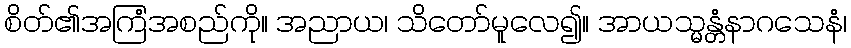
စိတ်၏အကြံအစည်ကို။ အညာယ၊ သိတော်မူလေ၍။ အာယသ္မန္တံနာဂသေနံ၊